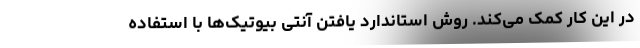
در این کار کمک می‌کند. روش استاندارد یافتن آنتی بیوتیک‌ها با استفاده